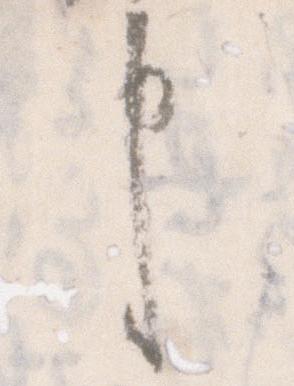
申